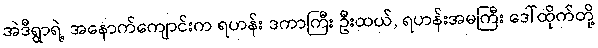
အဲဒီရွာရဲ့ အနောက်ကျောင်းက ရဟန်း ဒကာကြီး ဦးထယ်, ရဟန်းအမကြီး ဒေါ်ထိုက်တို့